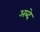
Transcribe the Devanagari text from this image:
अब्दे